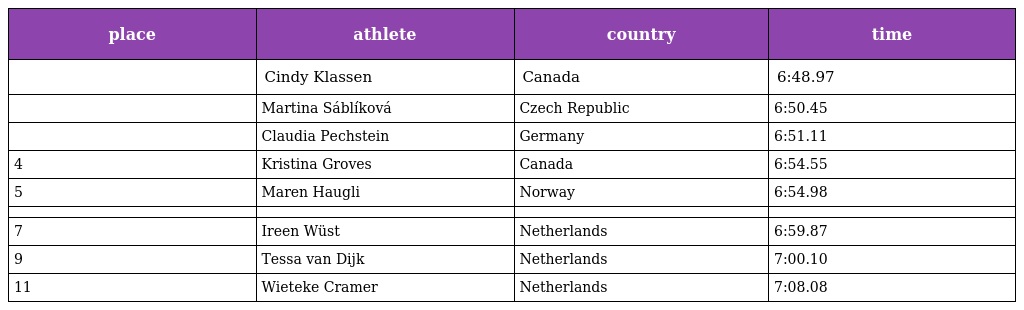
| place | athlete | country | time |
 | --- | --- | --- | --- |
 |  | Cindy Klassen | Canada | 6:48.97 |
 |  | Martina Sáblíková | Czech Republic | 6:50.45 |
 |  | Claudia Pechstein | Germany | 6:51.11 |
 | 4 | Kristina Groves | Canada | 6:54.55 |
 | 5 | Maren Haugli | Norway | 6:54.98 |
 |  |  |  |  |
 | 7 | Ireen Wüst | Netherlands | 6:59.87 |
 | 9 | Tessa van Dijk | Netherlands | 7:00.10 |
 | 11 | Wieteke Cramer | Netherlands | 7:08.08 |